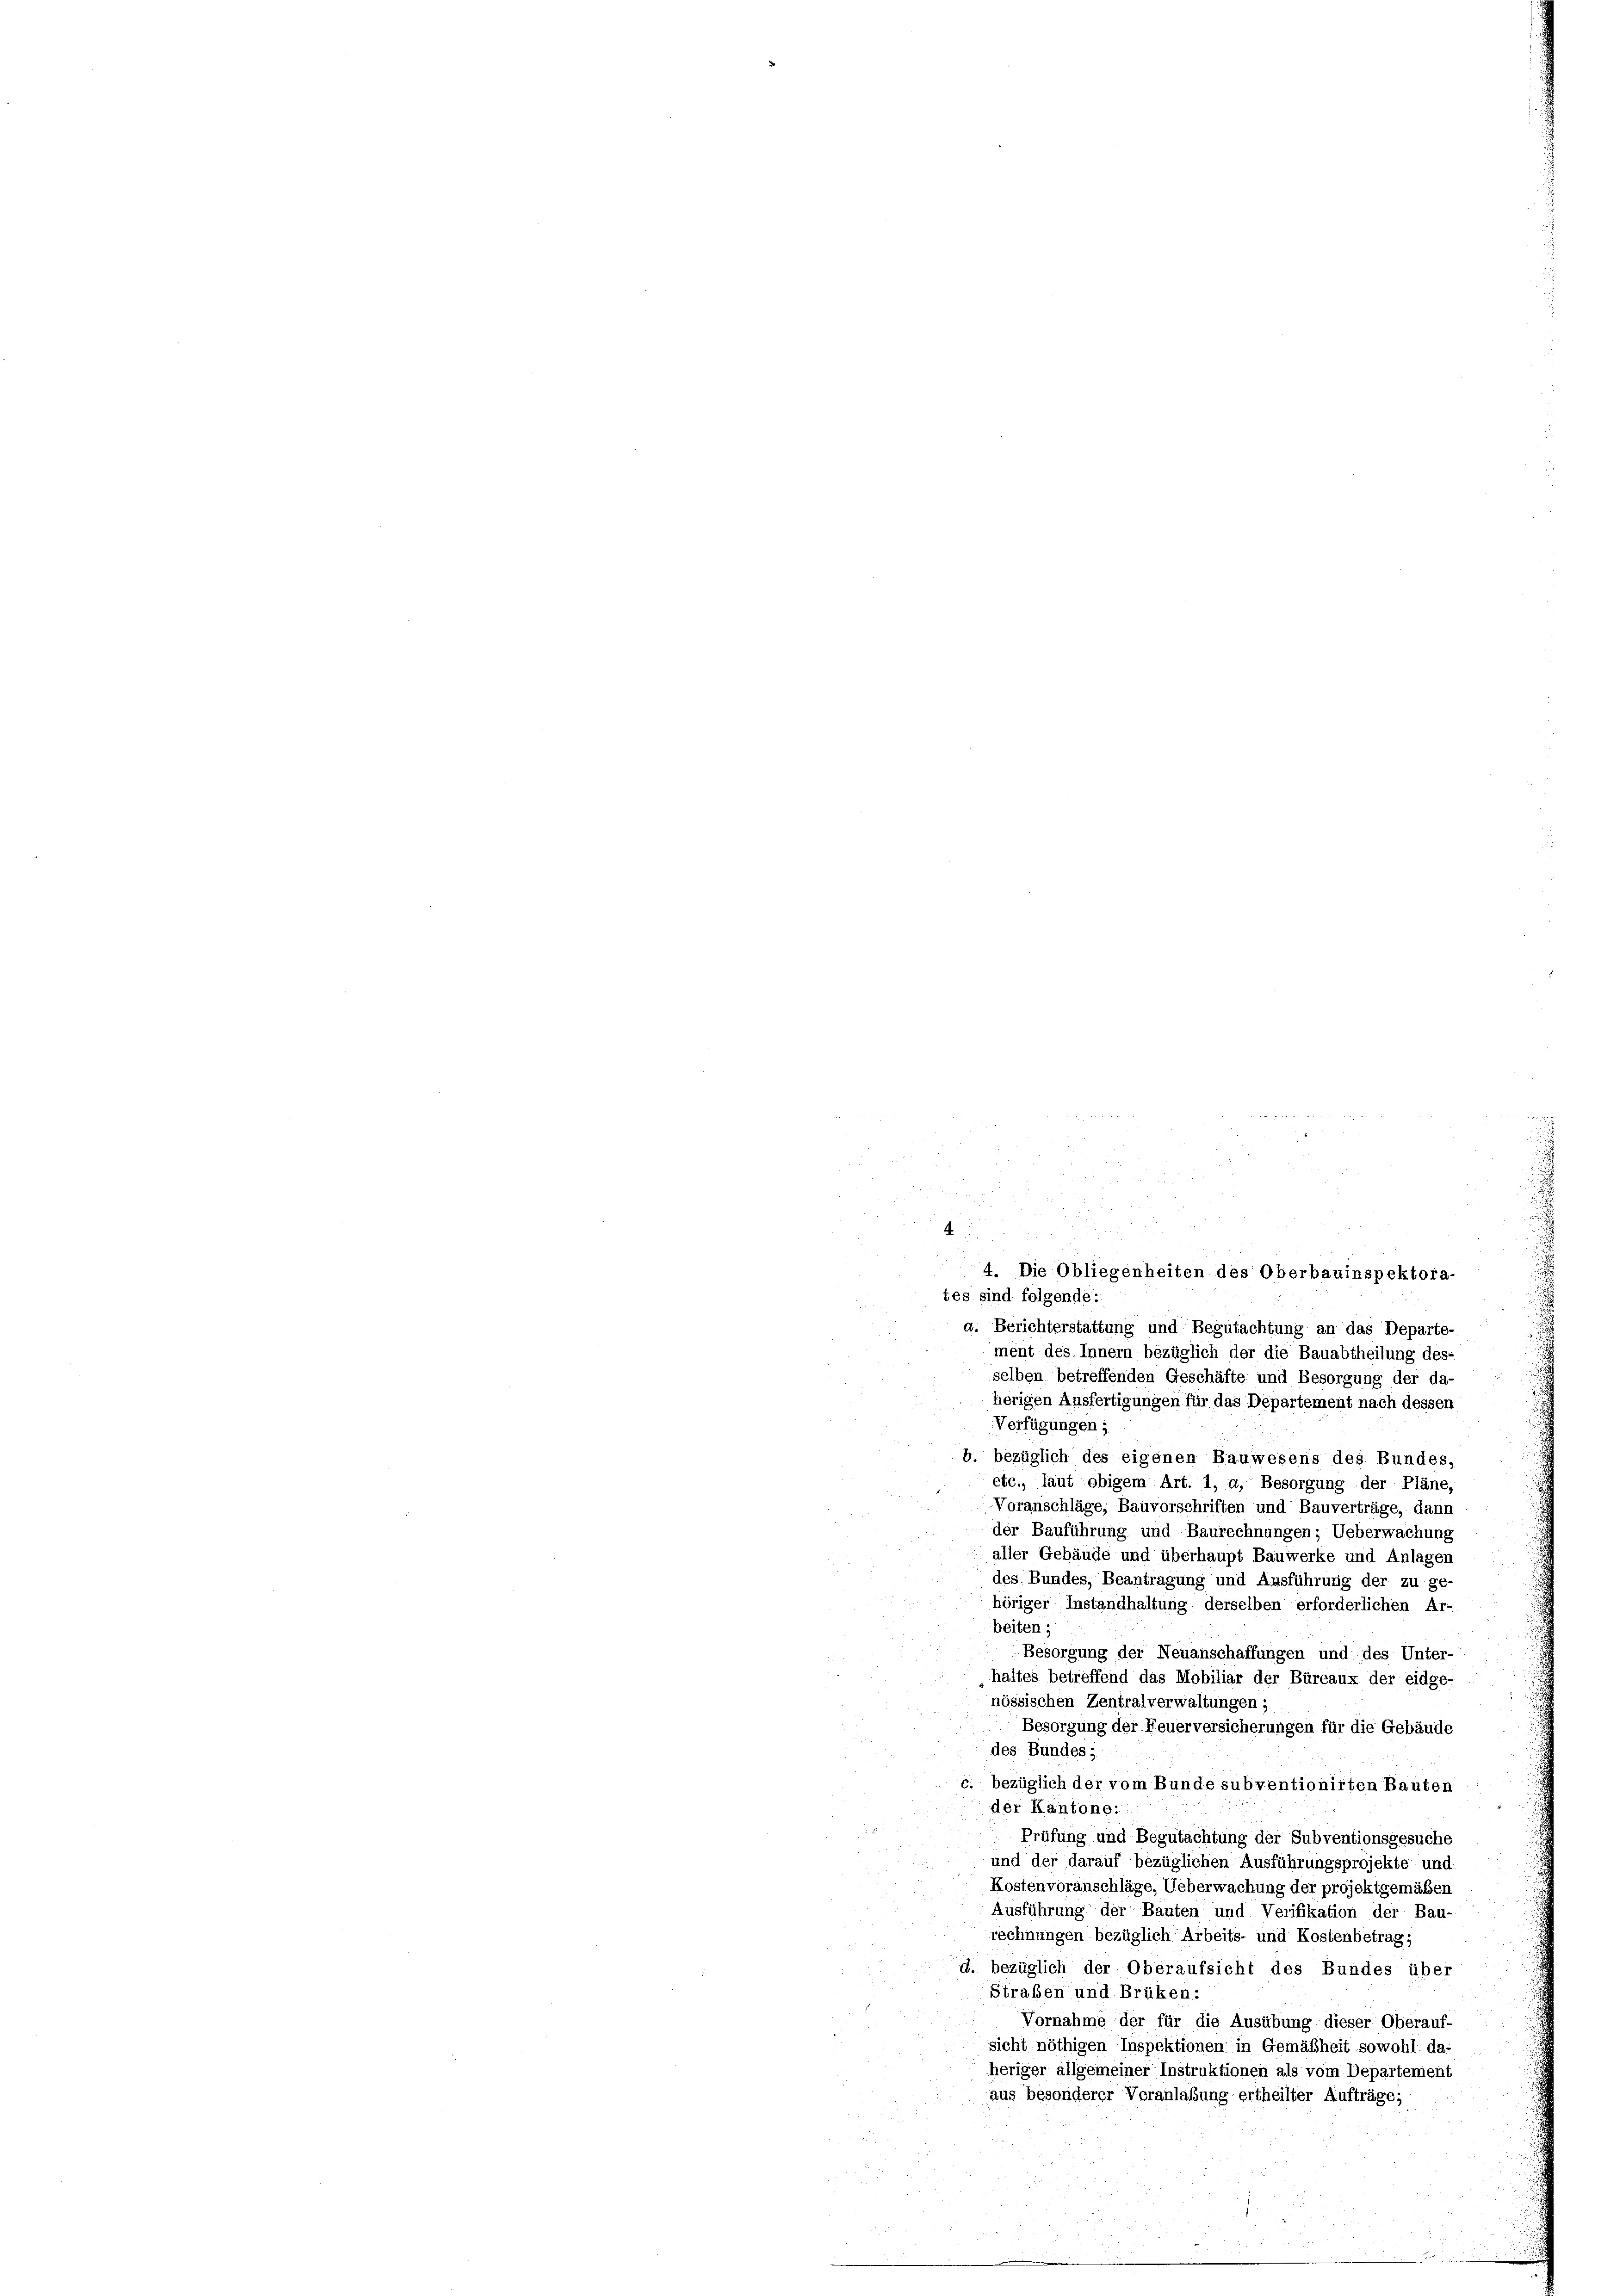
t

n

4. Die Obliegenheiten des Oberbauinspektora-
tes sind folgende:
a. Berichterstattung und Begutachtung an das Departe-
ment des Innern bezüglich der die Bauabtheilung des-
selben betreffenden Geschäfte und Besorgung der da-
herigen Ausfertigungen für das Departement nach dessen
Verfügungen;
b. bezüglich des eigenen Bauwesens des Bundes,
etc., laut obigem Art. 1, u. Besorgung der Pläne,
Voranschläge, Bauvorschriften und Bauverträge, dann
der Bauführung und Baurechnungen; Ueberwachung
aller Gebäude und überhaupt Bauwerke und Anlagen
des Bundes, Beantragung und Ausführung der zu ge-
höriger Instandhaltung derselben erforderlichen Ar-
beiten;
Besorgung der Neuanschaffungen und des Unter-
haltes betreffend das Mobiliar der Büreaux der eidge-
nössischen Zentralverwaltungen ;
Besorgung der Feuerversicherungen für die Gebäude
des Bundes,
c. bezüglich der vom Bunde subventionirten Bauten
der Kantone:
Prüfung und Begutachtung der Subventionsgesuche
und der darauf bezüglichen Ausführungsprojekte und
Kostenvoranschläge, Ueberwachung der projektgemäßen
Ausführung der Bauten und Verifikation der Bau-
rechnungen bezüglich Arbeits- und Kostenbetrag;
d. bezüglich der Oberaufsicht des Bundes über
Straßen und Brüken:
Vornahme der für die Ausübung dieser Oberauf-
sicht nöthigen Inspektionen in Gemäßheit sowohl. da-
heriger allgemeiner Instruktionen als vom Departement
aus besonderer Veranlaßung ertheilter Aufträge;